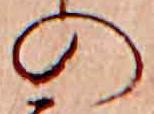
の